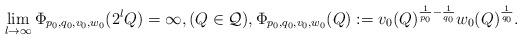
LaTeX: \begin{align*}\lim_{l\to\infty}\Phi_{p_0,q_0,v_0,w_0}(2^lQ)=\infty,(Q\in\mathcal{Q}),\Phi_{p_0,q_0,v_0,w_0}(Q):=v_0(Q)^{\frac{1}{p_0}-\frac{1}{q_0}}w_0(Q)^\frac{1}{q_0}.\end{align*}